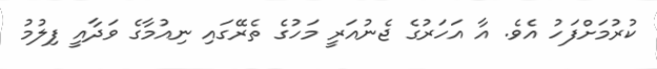
ކުރުމަށްފަހު އެވެ. އާ އަހަރުގެ ޖެނުއަރީ މަހުގެ ތެރޭގައި ނިއުމާގެ ވަދާއީ ފިލުމު